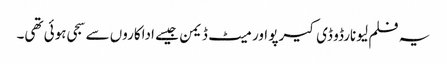
یہ فلم لیونارڈو ڈی کیرپو اور میٹ ڈیمن جیسے اداکاروں سے سجی ہوئی تھی۔